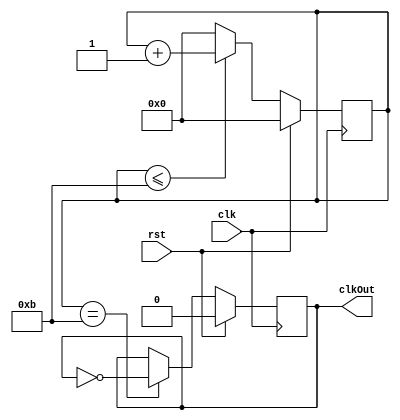
`timescale 1ns/1ps

module clock_divider(
	input clk,
	input rst,
	output clkOut
);

reg clkOutReg;
reg [3:0]count;

assign clkOut = clkOutReg;

always@(posedge clk)begin
	if(rst)begin
		count <= 'h0;
	end else if(count <= 4'd11) begin
		count <= count + 1'b1;
	end else begin
		count <= 'h0;
	end
end

always@(posedge clk)begin
	if(rst)begin
		clkOutReg <= 0;
	end else if(count == 4'd11)begin
		clkOutReg <= ~clkOutReg;
	end
end

endmodule